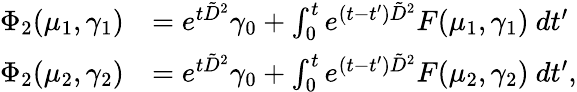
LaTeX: \begin{array}{rl}{\Phi_{2}(\mu_{1},\gamma_{1})}&{=e^{t\tilde{D}^{2}}\gamma_{0}+\int_{0}^{t}e^{(t-t^{\prime})\tilde{D}^{2}}F(\mu_{1},\gamma_{1})\ dt^{\prime}}\\ {\Phi_{2}(\mu_{2},\gamma_{2})}&{=e^{t\tilde{D}^{2}}\gamma_{0}+\int_{0}^{t}e^{(t-t^{\prime})\tilde{D}^{2}}F(\mu_{2},\gamma_{2})\ dt^{\prime},}\end{array}